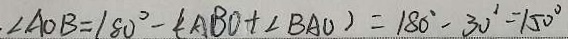
\angle A O B = 1 8 0 ^ { \circ } - ( \angle A B O + \angle B A O ) = 1 8 0 ^ { \circ } - 3 0 ^ { \circ } = 1 5 0 ^ { \circ }